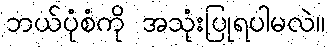
ဘယ်ပုံစံကို အသုံးပြုရပါမလဲ။